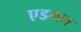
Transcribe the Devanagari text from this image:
एडमन